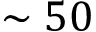
\sim 5 0